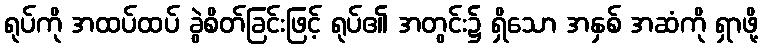
ရုပ်ကို အထပ်ထပ် ခွဲစိတ်ခြင်းဖြင့် ရုပ်၏ အတွင်း၌ ရှိသော အနှစ် အဆံကို ရှာဖို့